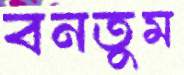
বনতুম